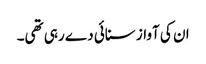
ان کی آواز سنائی دے رہی تھی۔